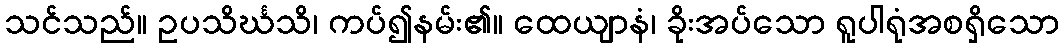
သင်သည်။ ဥပသိင်္ဃသိ၊ ကပ်၍နမ်း၏။ ထေယျာနံ၊ ခိုးအပ်သော ရူပါရုံအစရှိသော